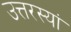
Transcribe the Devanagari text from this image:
उत्तरस्यां